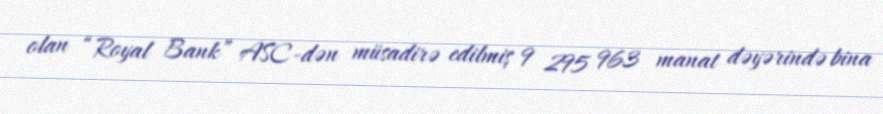
olan “Royal Bank” ASC-dən müsadirə edilmiş 9 295 963 manat dəyərində bina